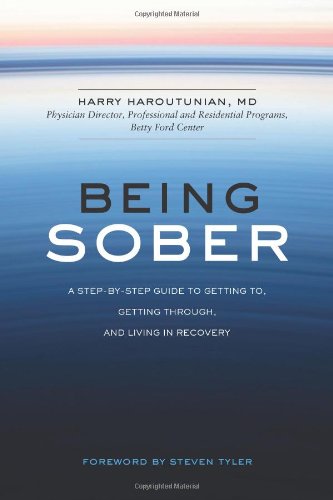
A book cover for Being Sober: A Step-by-Step Guide to Getting To, Getting Through, and Living in Recovery; Harry Haroutunian; Health, Fitness & Dieting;